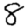
Digit: 8